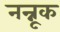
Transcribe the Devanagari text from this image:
नन्नूक